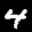
Label: 4